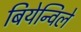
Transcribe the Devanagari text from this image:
बियेन्विले